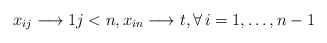
\begin{gather*}x_{ij} \longrightarrow 1 j < n,x_{in} \longrightarrow t, \forall\, i=1,\ldots, n-1\end{gather*}